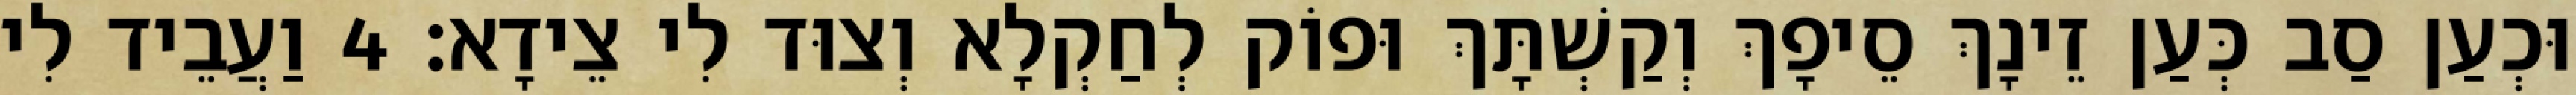
וּכְעַן סַב כְּעַן זֵינָךְ סֵיפָךְ וְקַשְׁתָּךְ וּפוֹק לְחַקְלָא וְצוּד לִי צֵידָא׃ 4 וַעֲבֵיד לִי